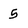
Character: 5